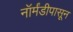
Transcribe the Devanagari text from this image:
नॉर्मंडीपासून